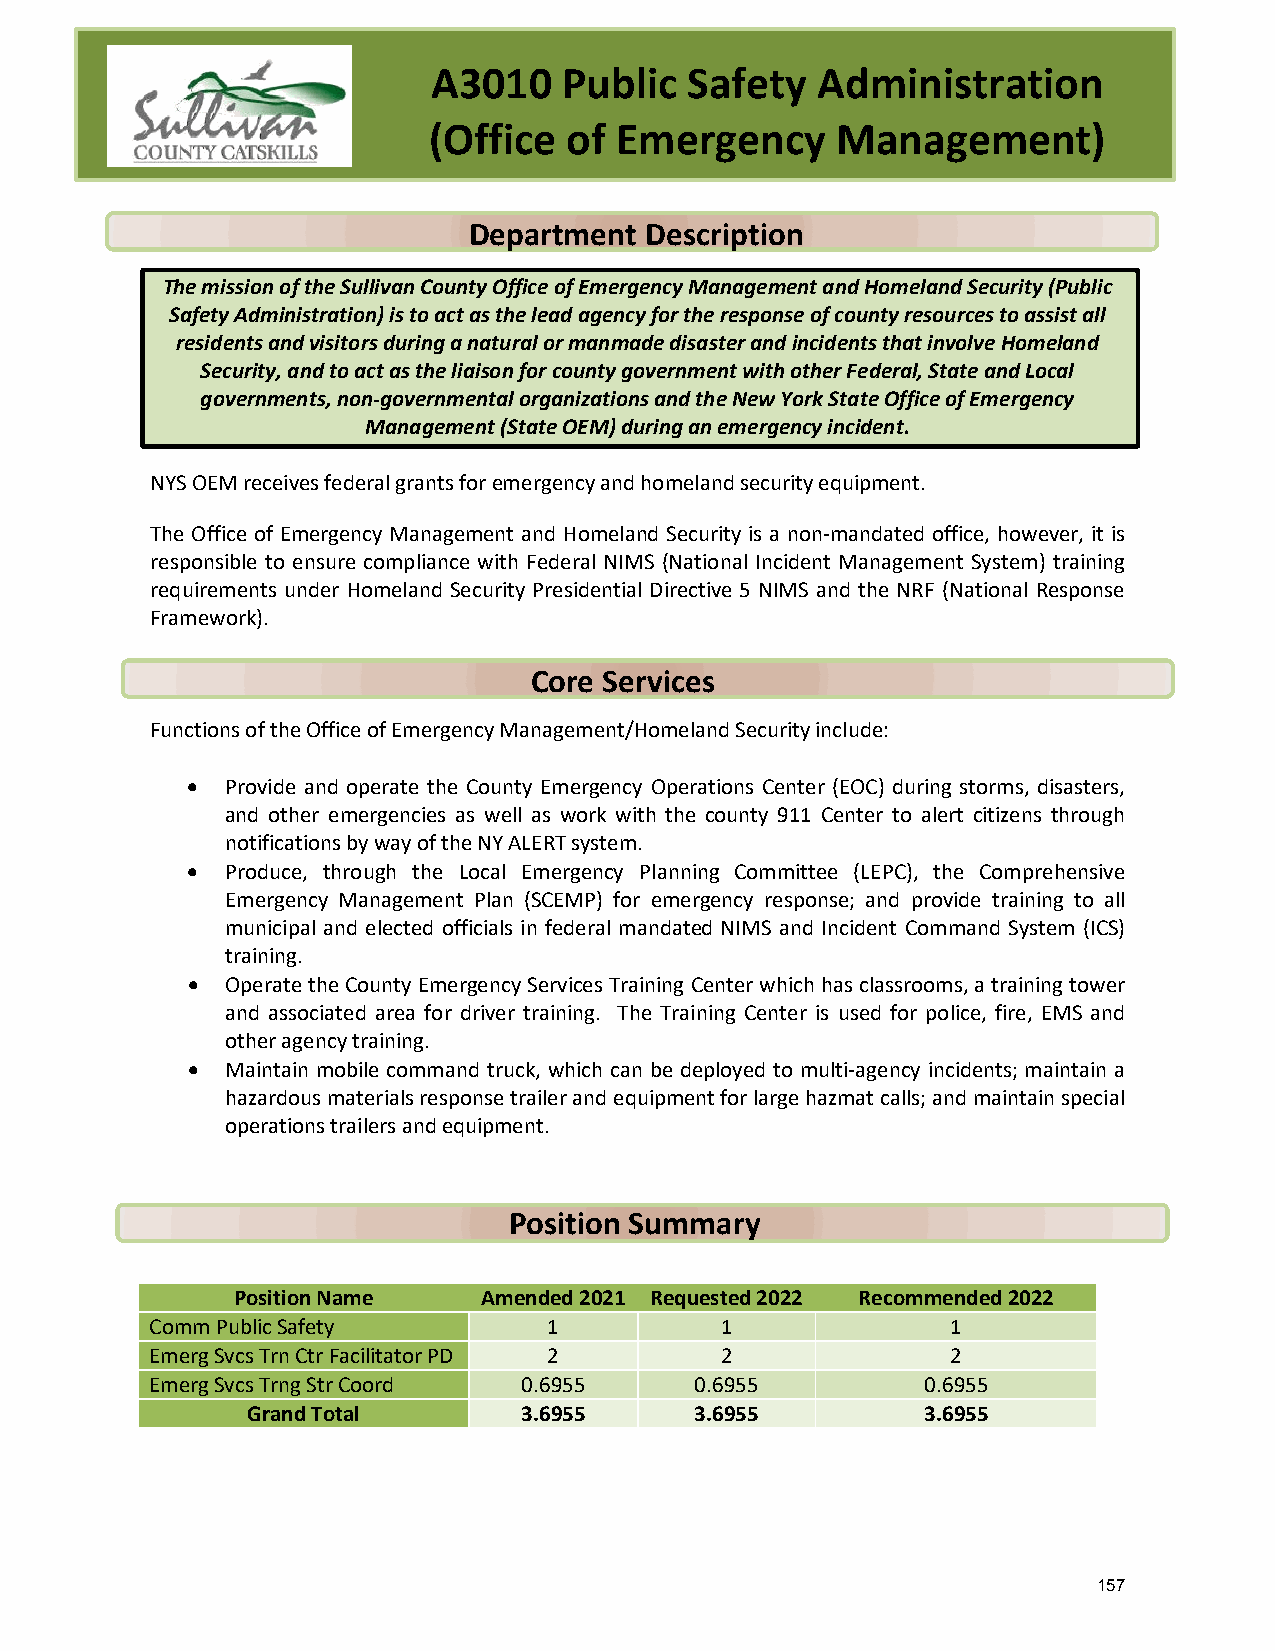
A3010   Public   Safety  Administration
 (Office   of Emergency     Management)
 Department  Description
 The mission of the Sullivan County Office of Emergency Management and Homeland Security (Public
 Safety Administration) is to act as the lead agency for the response of county resources to assist all
 residents and visitors during a natural or manmade disaster and incidents that involve Homeland
 Security, and to act as the liaison for county government with other Federal, State and Local
 governments, non-governmental organizations and the New York State Office of Emergency
 Management (State OEM) during an emergency incident.
 NYS OEM receives federal grants for emergency and homeland security equipment.
 The Office of Emergency Management and Homeland Security is a non-mandated office, however, it is
 responsible to ensure compliance with Federal NIMS (National Incident Management System) training
 requirements under Homeland Security Presidential Directive 5 NIMS and the NRF (National Response
 Framework).
 Core Services
 Functions of the Office of Emergency Management/Homeland Security include:
 •  Provide and operate the County Emergency Operations Center (EOC) during storms, disasters,
 and other emergencies as well as work with the county 911 Center to alert citizens through
 notifications by way of the NY ALERT system.
 •  Produce, through the Local Emergency Planning Committee (LEPC), the Comprehensive
 Emergency Management Plan (SCEMP) for emergency response; and provide training to all
 municipal and elected officials in federal mandated NIMS and Incident Command System (ICS)
 training.
 •  Operate the County Emergency Services Training Center which has classrooms, a training tower
 and associated area for driver training. The Training Center is used for police, fire, EMS and
 other agency training.
 •  Maintain mobile command truck, which can be deployed to multi-agency incidents; maintain a
 hazardous materials response trailer and equipment for large hazmat calls; and maintain special
 operations trailers and equipment.
 Position Summary
 Position Name    Amended 2021 Requested 2022 Recommended 2022
 Comm Public Safety        1           1              1
 Emerg Svcs Trn Ctr Facilitator PD 2   2              2
 Emerg Svcs Trng Str Coord 0.6955    0.6955         0.6955
 Grand Total       3.6955      3.6955         3.6955
 157